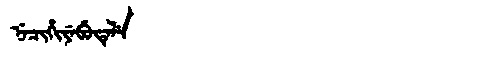
Manchu: ᠨᡝᠴᡳᡥᡳᠶᡝᠪᡠᡨᡝᠯᡝ
Romanization: NECIHIYEBUTELE